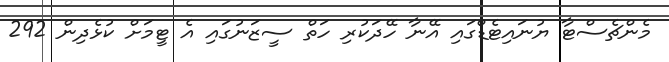
މެންޗެސްޓާ ޔުނައިޓެޑްގައި އޭނާ ހޭދަކުރި ހަތް ސީޒަނުގައި އެ ޓީމަށް ކުޅެދިން 292